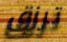
ترزق